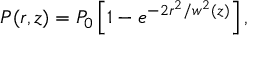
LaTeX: P ( r , z ) = P _ { 0 } \left[ 1 - e ^ { - 2 r ^ { 2 } / w ^ { 2 } ( z ) } \right] ,